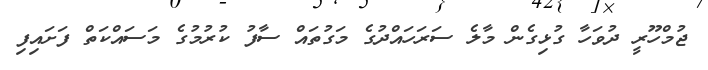
ޖުމްހޫރީ ދުވަހާ ގުޅިގެން މާލެ ސަރަހައްދުގެ މަގުތައް ސާފު ކުރުމުގެ މަސައްކަތް ފަށައިފި